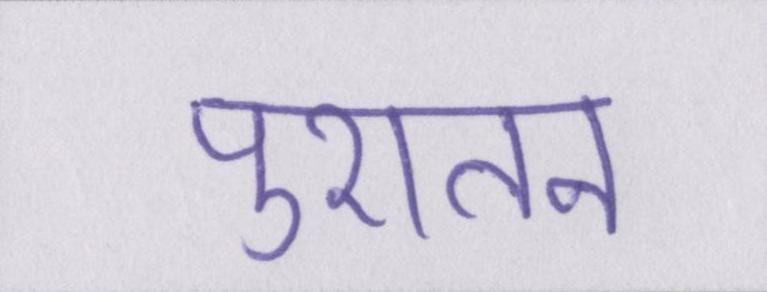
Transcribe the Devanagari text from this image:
पुरातन